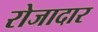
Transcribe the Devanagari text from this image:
रोजादार